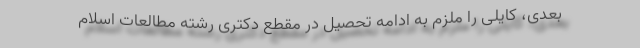
بعدی، کایلی را ملزم به ادامه تحصیل در مقطع دکتری رشته مطالعات اسلام